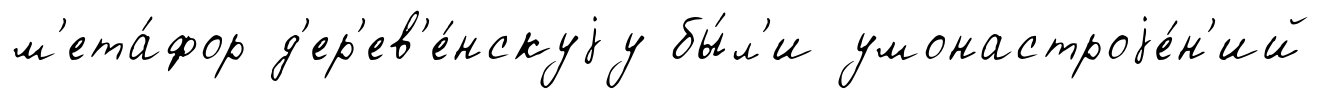
м'ета́фор д'ер'ев'е́нскуjу бы́л'и умонастроjе́н'ий